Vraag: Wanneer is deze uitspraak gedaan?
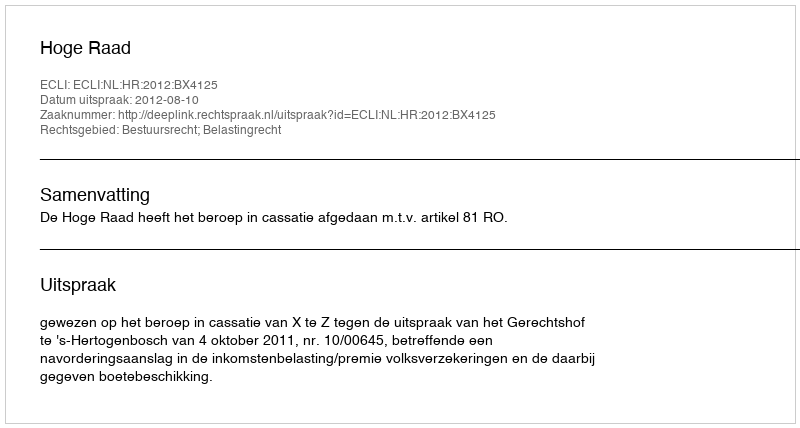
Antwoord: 2012-08-10